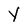
Character: Y